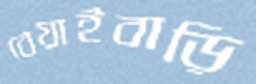
বেয়াইবাড়ি